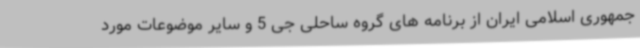
جمهوری اسلامی ایران از برنامه های گروه ساحلی جی 5 و سایر موضوعات مورد